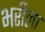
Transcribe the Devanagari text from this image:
भरीला